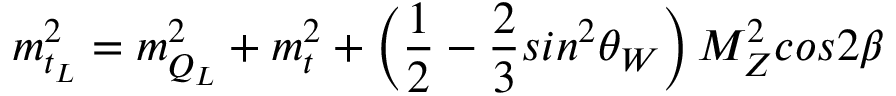
m _ { t _ { L } } ^ { 2 } = m _ { Q _ { L } } ^ { 2 } + m _ { t } ^ { 2 } + \left( { \frac { 1 } { 2 } } - { \frac { 2 } { 3 } } s i n ^ { 2 } \theta _ { W } \right) M _ { Z } ^ { 2 } c o s 2 \beta